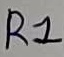
Text: R1